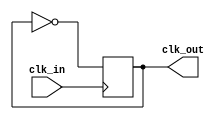
module clock_generator (
    input wire clk_in,
    output reg clk_out
);

always @(posedge clk_in)
    begin
        clk_out <= ~clk_out;
    end

endmodule